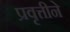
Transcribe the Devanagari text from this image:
प्रवृत्तीने